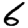
Digit: 6